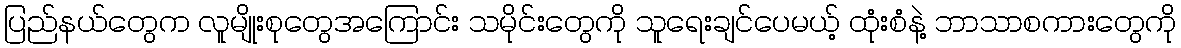
ပြည်နယ်တွေက လူမျိုးစုတွေအကြောင်း သမိုင်းတွေကို သူရေးချင်ပေမယ့် ထုံးစံနဲ့ ဘာသာစကားတွေကို